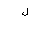
Letter: _lam